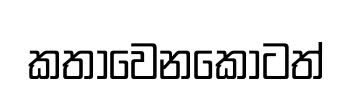
කතාවෙනකොටත්